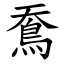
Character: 鴌